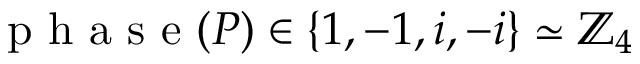
\mathrm { ~ p ~ h ~ a ~ s ~ e ~ } ( P ) \in \{ 1 , - 1 , i , - i \} \simeq \mathbb { Z } _ { 4 }